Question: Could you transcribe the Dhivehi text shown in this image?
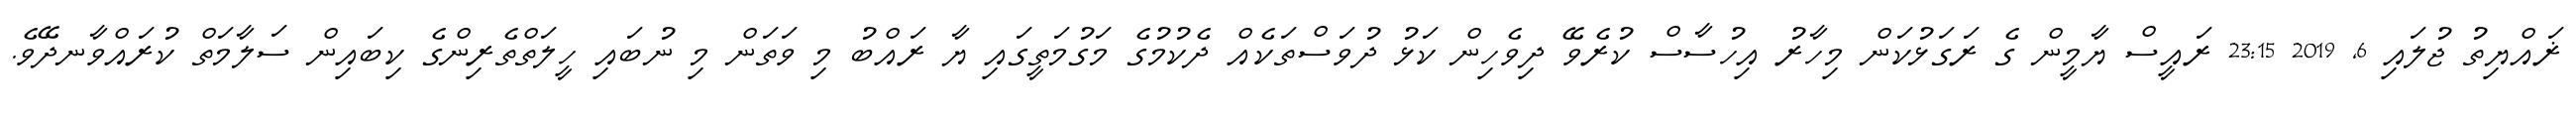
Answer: ޜައްޔިތު ޖުލައި 6, 2019 23:15 ރައީސް ޔާމީން ގެ ރަގަޅުކަން މިހާރު އިހުސާސް ކުރެވޭ ދިވެހިން ކަޅު ދުވަސްތަކެއް ދެކުމުގެ މަގުމަތީގައި ޔާ ރައްބު މި ވަތަން މި ނުބައި ހީލަތްތެރިންގެ ކިބައިން ސަލާމަތް ކުރައްވާނދޭވެ.